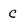
Character: C